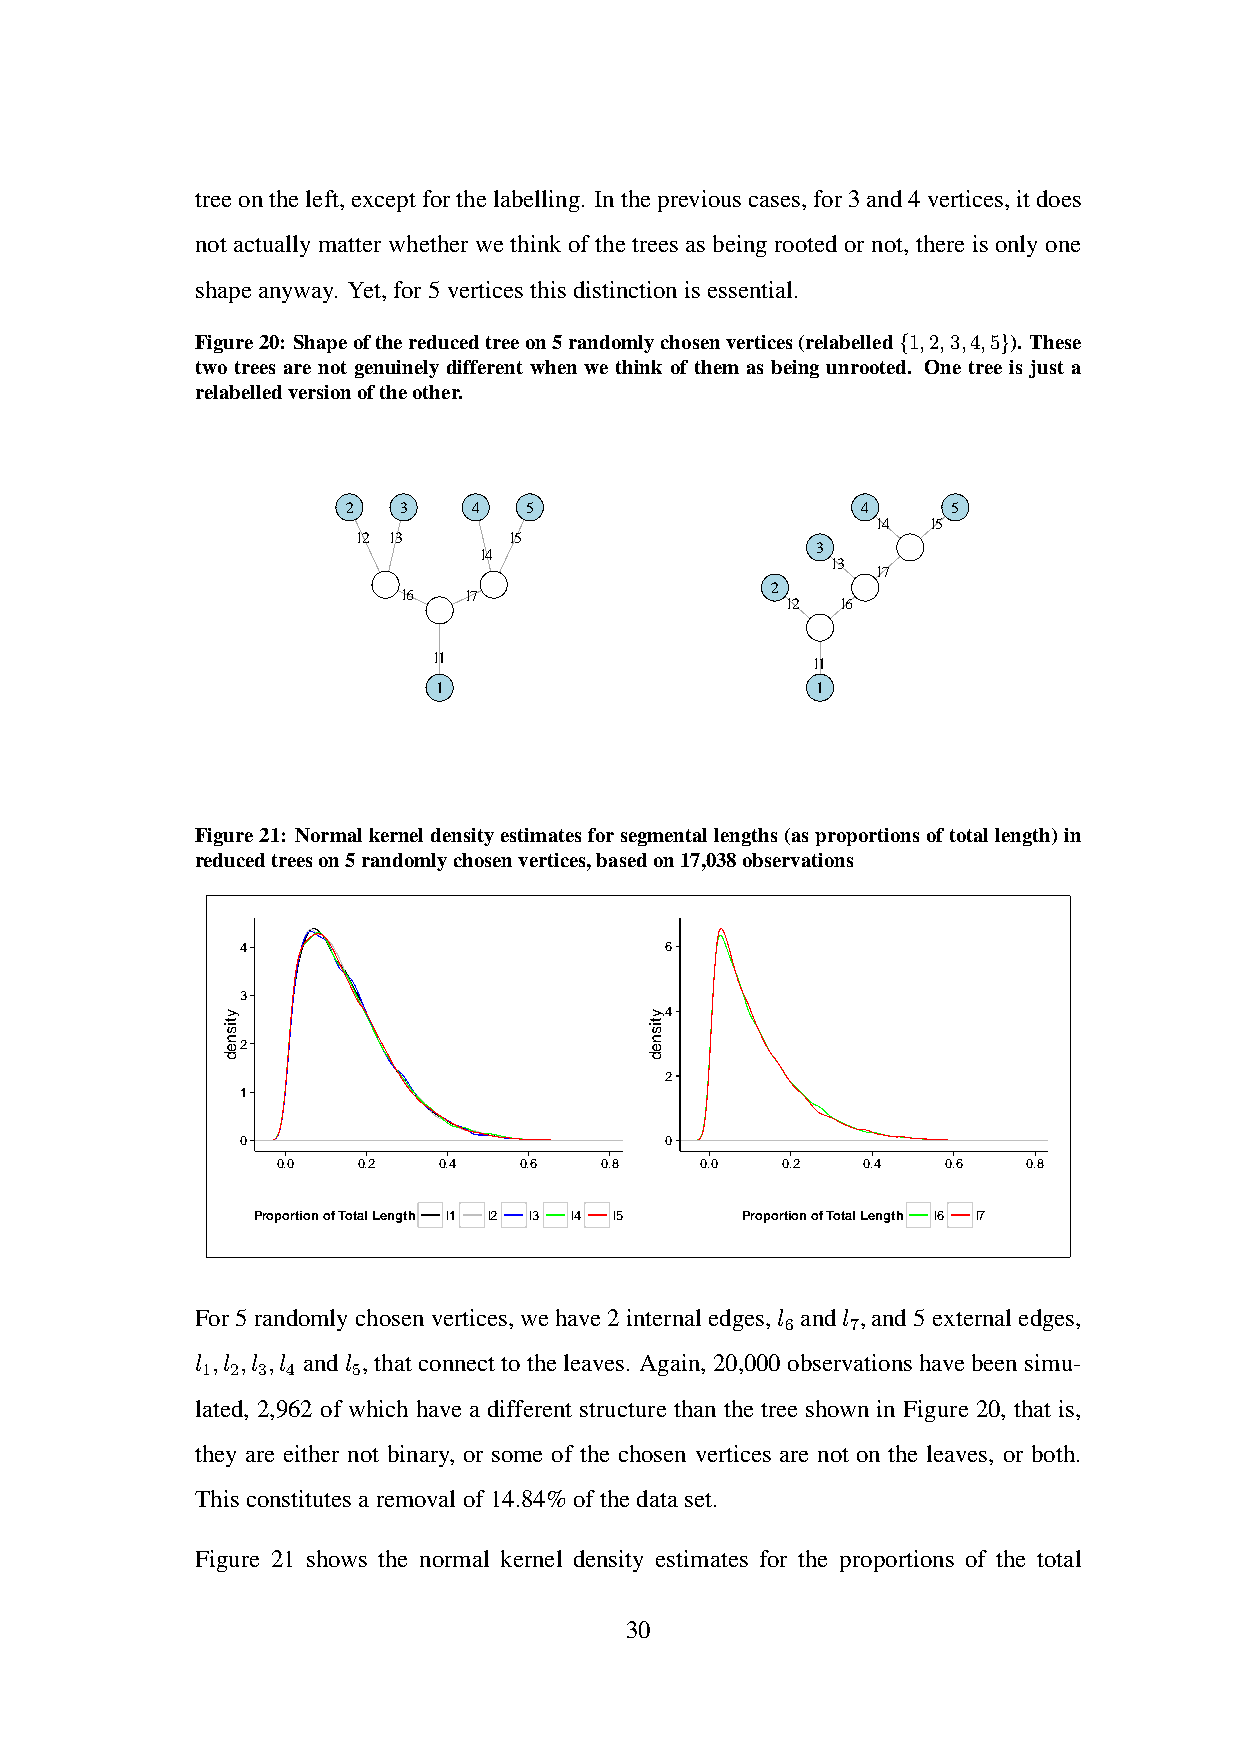
treeontheleft,exceptforthelabelling. Inthepreviouscases,for3and4vertices,itdoes
 not actually matter whether we think of the trees as being rooted or not, there is only one
 shapeanyway. Yet,for5verticesthisdistinctionisessential.
 Figure20: Shapeofthereducedtreeon5randomlychosenvertices(relabelled{1,2,3,4,5}). These
 two trees are not genuinely different when we think of them as being unrooted. One tree is just a
 relabelledversionoftheother.
 2  3    4   5                     4     5
 l4  l5
 l2 l3     l5
 3
 l4
 l3
 l7
 2
 l6  l7
 l2  l6
 l1                       l1
 1                        1
 Figure21: Normalkerneldensityestimatesforsegmentallengths(asproportionsoftotallength)in
 reducedtreeson5randomlychosenvertices,basedon17,038observations
 4                           6
 3
 4
 2
 2
 1
 0                           0
 0.0   0.2  0.4  0.6   0.8   0.0   0.2  0.4   0.6  0.8
 Proportion of Total Length l1 l2 l3 l4 l5 Proportion of Total Length l6 l7
 For5randomlychosenvertices,wehave2internaledges,l andl ,and5externaledges,
 6   7
 l ,l ,l ,l andl ,thatconnecttotheleaves. Again,20,000observationshavebeensimu-
 1 2 3 4   5
 lated, 2,962 of which have a different structure than the tree shown in Figure 20, that is,
 they are either not binary, or some of the chosen vertices are not on the leaves, or both.
 Thisconstitutesaremovalof14.84%ofthedataset.
 Figure 21 shows the normal kernel density estimates for the proportions of the total
 30
 ytisned                     ytisned